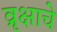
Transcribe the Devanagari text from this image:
व्रृक्षाचे